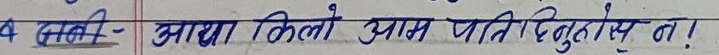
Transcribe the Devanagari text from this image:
४ जानकी- आधा किलो आम पातिबुटुलेप त!